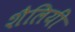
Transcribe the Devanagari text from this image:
शैलियीं